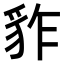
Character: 𧲮